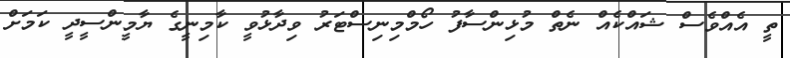
ތީ އެއްވެސް ޝައްކެއް ނެތް މުޅިންސާފު ހޯމްމިނިސްޓަރު ވިދާޅުވީ ކާމިނީގެ ޔާމީންސީދީ ކަމަށް